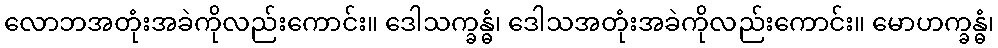
လောဘအတုံးအခဲကိုလည်းကောင်း။ ဒေါသက္ခန္ဓံ၊ ဒေါသအတုံးအခဲကိုလည်းကောင်း။ မောဟက္ခန္ဓံ၊